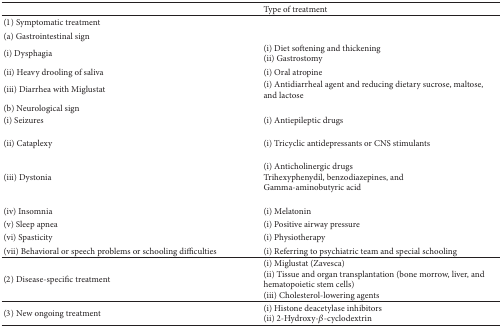
|  | Type of treatment |
 | --- | --- |
 | (1) Symptomatic treatment |  |
 | (a) Gastrointestinal sign |  |
 | (i) Dysphagia | (i) Diet softening and thickening(ii) Gastrostomy |
 | (ii) Heavy drooling of saliva | (i) Oral atropine |
 | (iii) Diarrhea with Miglustat | (i) Antidiarrheal agent and reducing dietary sucrose, maltose, and lactose |
 | (b) Neurological sign |  |
 | (i) Seizures | (i) Antiepileptic drugs |
 | (ii) Cataplexy | (i) Tricyclic antidepressants or CNS stimulants |
 | (iii) Dystonia | (i) Anticholinergic drugsTrihexyphenydil, benzodiazepines, andGamma-aminobutyric acid |
 | (iv) Insomnia | (i) Melatonin |
 | (v) Sleep apnea | (i) Positive airway pressure |
 | (vi) Spasticity | (i) Physiotherapy |
 | (vii) Behavioral or speech problems or schooling difficulties | (i) Referring to psychiatric team and special schooling |
 | (2) Disease-specific treatment | (i) Miglustat (Zavesca)(ii) Tissue and organ transplantation (bone morrow, liver, and hematopoietic stem cells)(iii) Cholesterol-lowering agents |
 | (3) New ongoing treatment | (i) Histone deacetylase inhibitors(ii) 2-Hydroxy-β-cyclodextrin |